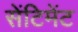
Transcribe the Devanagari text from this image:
सेंटिमेंट